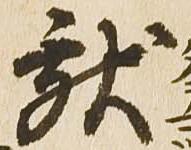
献